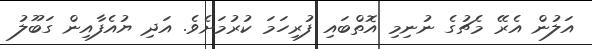
އަލުން އެރޭ މެޗުގެ ނުނިމި އޮތްބައި ފުރިހަމަ ކުރުމަށެވެ. އަދި ޔުއެފާއިން ގަބޫލު